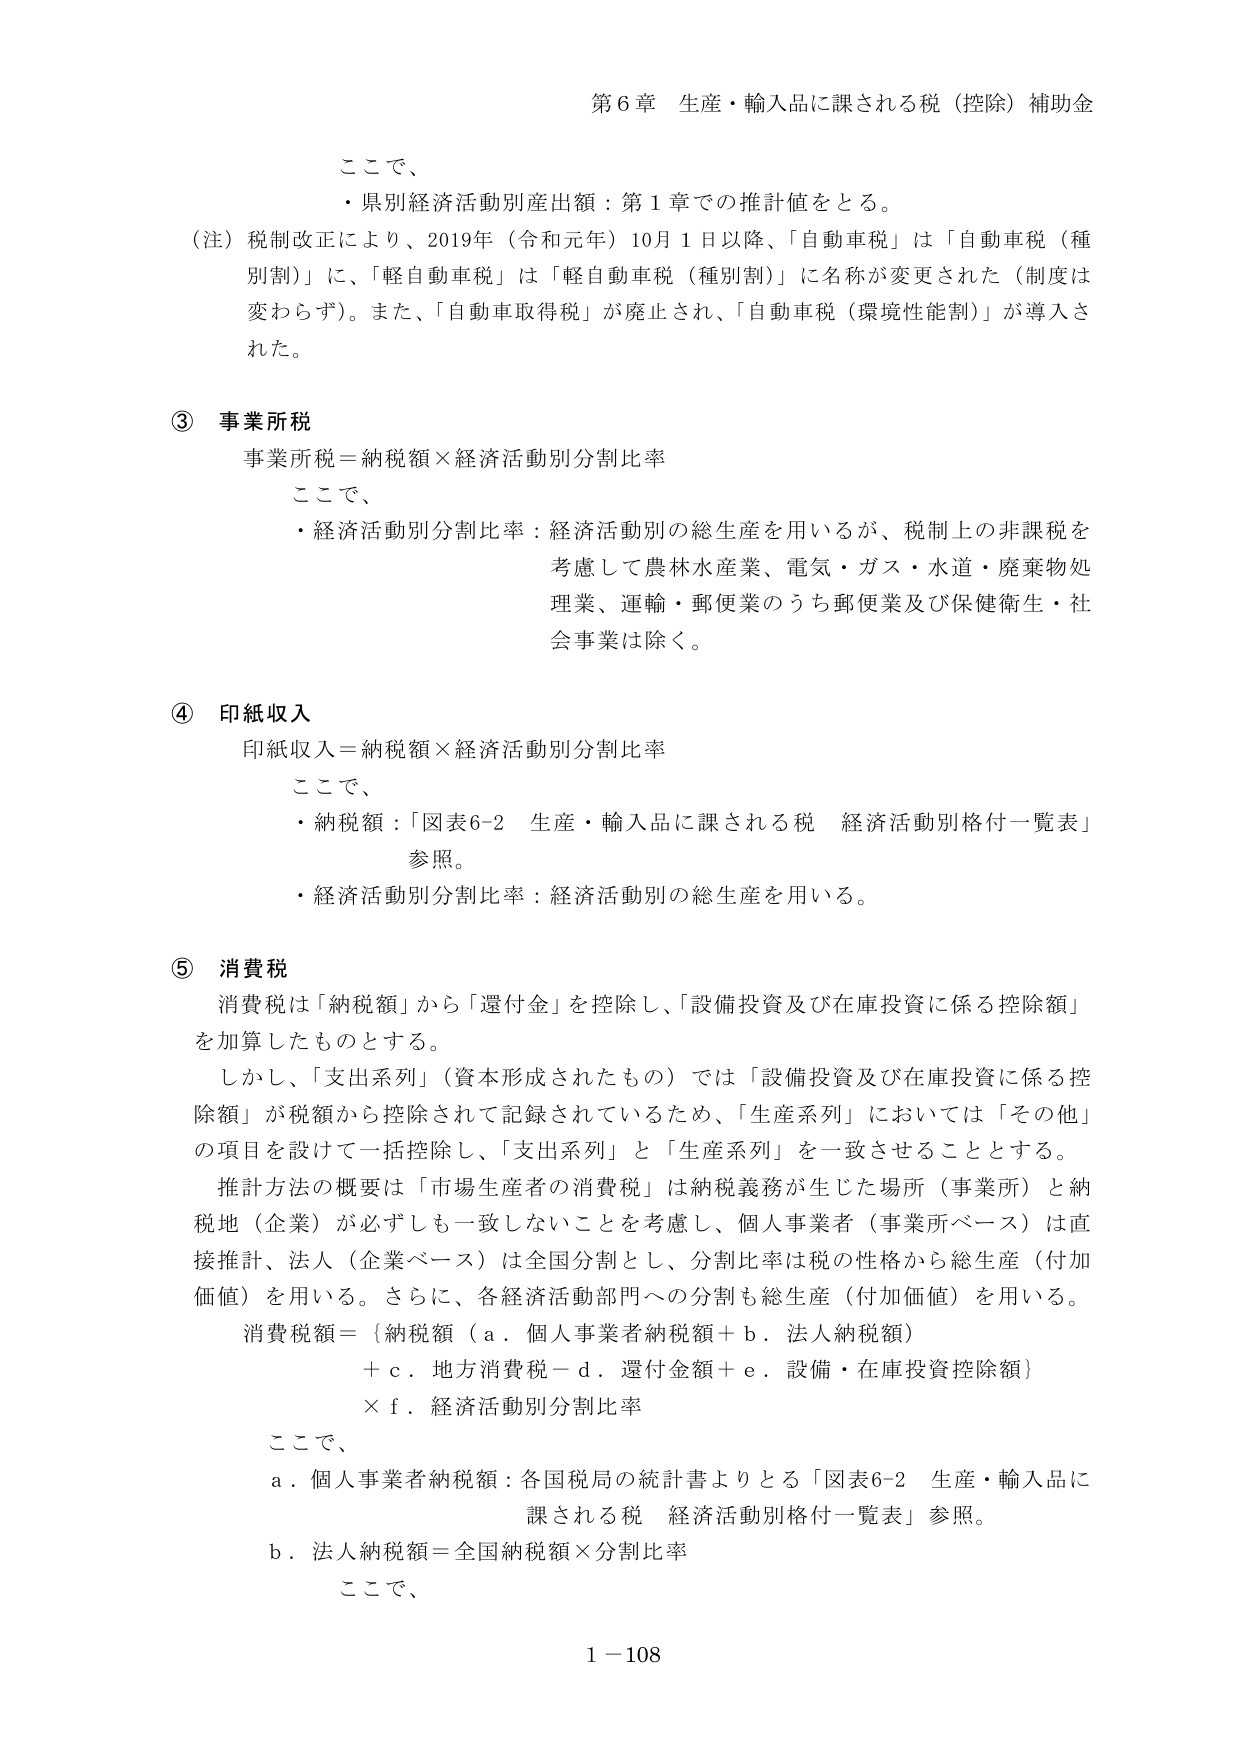
第６章 生産・輸入品に課される税（控除）補助金

ここで、
・県別経済活動別産出額：第１章での推計値をとる。

（注）税制改正により、2019年（令和元年）10月1日以降、「自動車税」は「自動車税（種別割）」に、「軽自動車税」は「軽自動車税（種別割）」に名称が変更された（制度は変わらず）。また、「自動車取得税」が廃止され、「自動車税（環境性能割）」が導入された。

③ 事業所税
事業所税＝納税額×経済活動別分割比率
ここで、
・経済活動別分割比率：経済活動別の総生産を用いるが、税制上の非課税を考慮して農林水産業、電気・ガス・水道・廃棄物処理業、運輸・郵便業のうち郵便業及び保健衛生・社会事業は除く。

④ 印紙収入
印紙収入＝納税額×経済活動別分割比率
ここで、
・納税額：「図表6-2 生産・輸入品に課される税 経済活動別格付一覧表」参照。
・経済活動別分割比率：経済活動別の総生産を用いる。

⑤ 消費税
消費税は「納税額」から「還付金」を控除し、「設備投資及び在庫投資に係る控除額」を加算したものとする。
しかし、「支出系列」（資本形成されたもの）では「設備投資及び在庫投資に係る控除額」が税額から控除されて記録されているため、「生産系列」においては「その他」の項目を設けて一括控除し、「支出系列」と「生産系列」を一致させることとする。
推計方法の概要は「市場生産者の消費税」は納税義務が生じた場所（事業所）と納税地（企業）が必ずしも一致しないことを考慮し、個人事業者（事業所ベース）は直接推計、法人（企業ベース）は全国分割とし、分割比率は税の性格から総生産（付加価値）を用いる。さらに、各経済活動部門への分割も総生産（付加価値）を用いる。
消費税額＝｛納税額（ａ．個人事業者納税額＋ｂ．法人納税額）
＋ｃ．地方消費税－ｄ．還付金額＋ｅ．設備・在庫投資控除額｝
×ｆ．経済活動別分割比率
ここで、
ａ．個人事業者納税額：各国税局の統計書よりとる「図表6-2 生産・輸入品に課される税 経済活動別格付一覧表」参照。
ｂ．法人納税額＝全国納税額×分割比率
ここで、

1－108